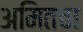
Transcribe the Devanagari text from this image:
अमितचा